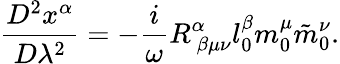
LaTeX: \frac{D^{2}x^{\alpha}}{D\lambda^{2}}=-\frac{i}{\omega}R_{~\beta\mu\nu}^{\alpha}l_{0}^{\beta}m_{0}^{\mu}\tilde{m}_{0}^{\nu}.